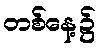
တစ်နေ့၌